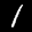
Label: 1